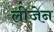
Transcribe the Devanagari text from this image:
लीजेन